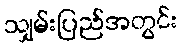
သျှမ်းပြည်အတွင်း